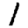
Digit: 1